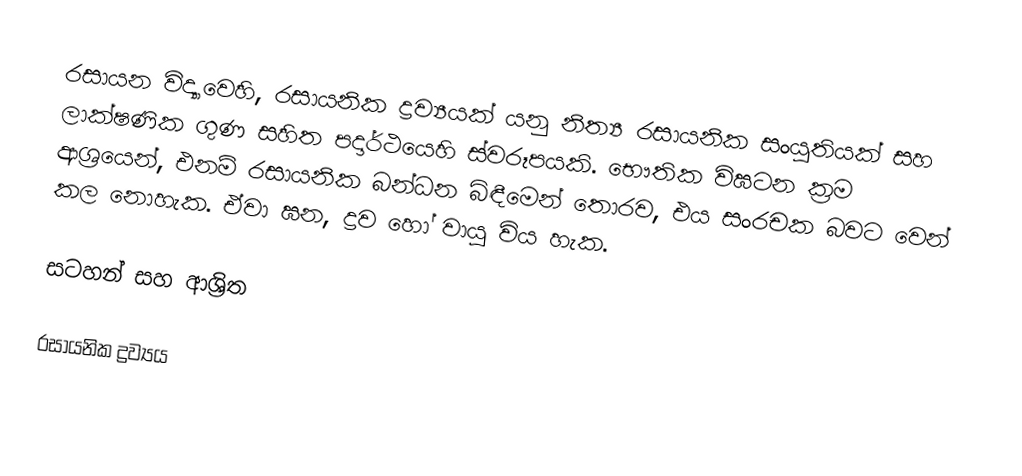
රසායන විද්‍යාවෙහි, රසායනික ද්‍රව්‍යයක් යනු නිත්‍ය රසායනික සංයුතියක් සහ ලාක්ෂණික ගුණ සහිත  පදාර්ථයෙහි ස්වරූපයකි. භෞතික විඝටන ක්‍රම ආශ්‍රයෙන්, එනම් රසායනික බන්ධන බිඳීමෙන් තොරව, එය සංරචක බවට වෙන් කල නොහැක. ඒවා ඝන, ද්‍රව හෝ වායු විය හැක.

සටහන් සහ ආශ්‍රිත

රසායනික ද්‍රව්‍යය